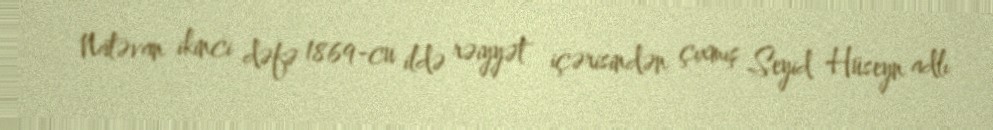
Natəvan ikinci dəfə 1869-cu ildə rəiyyət içərisindən çıxmış Seyid Hüseyn adlı